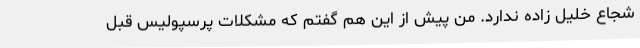
شجاع خلیل زاده ندارد. من پیش از این هم گفتم که مشکلات پرسپولیس قبل